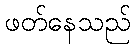
ဖတ်နေသည်